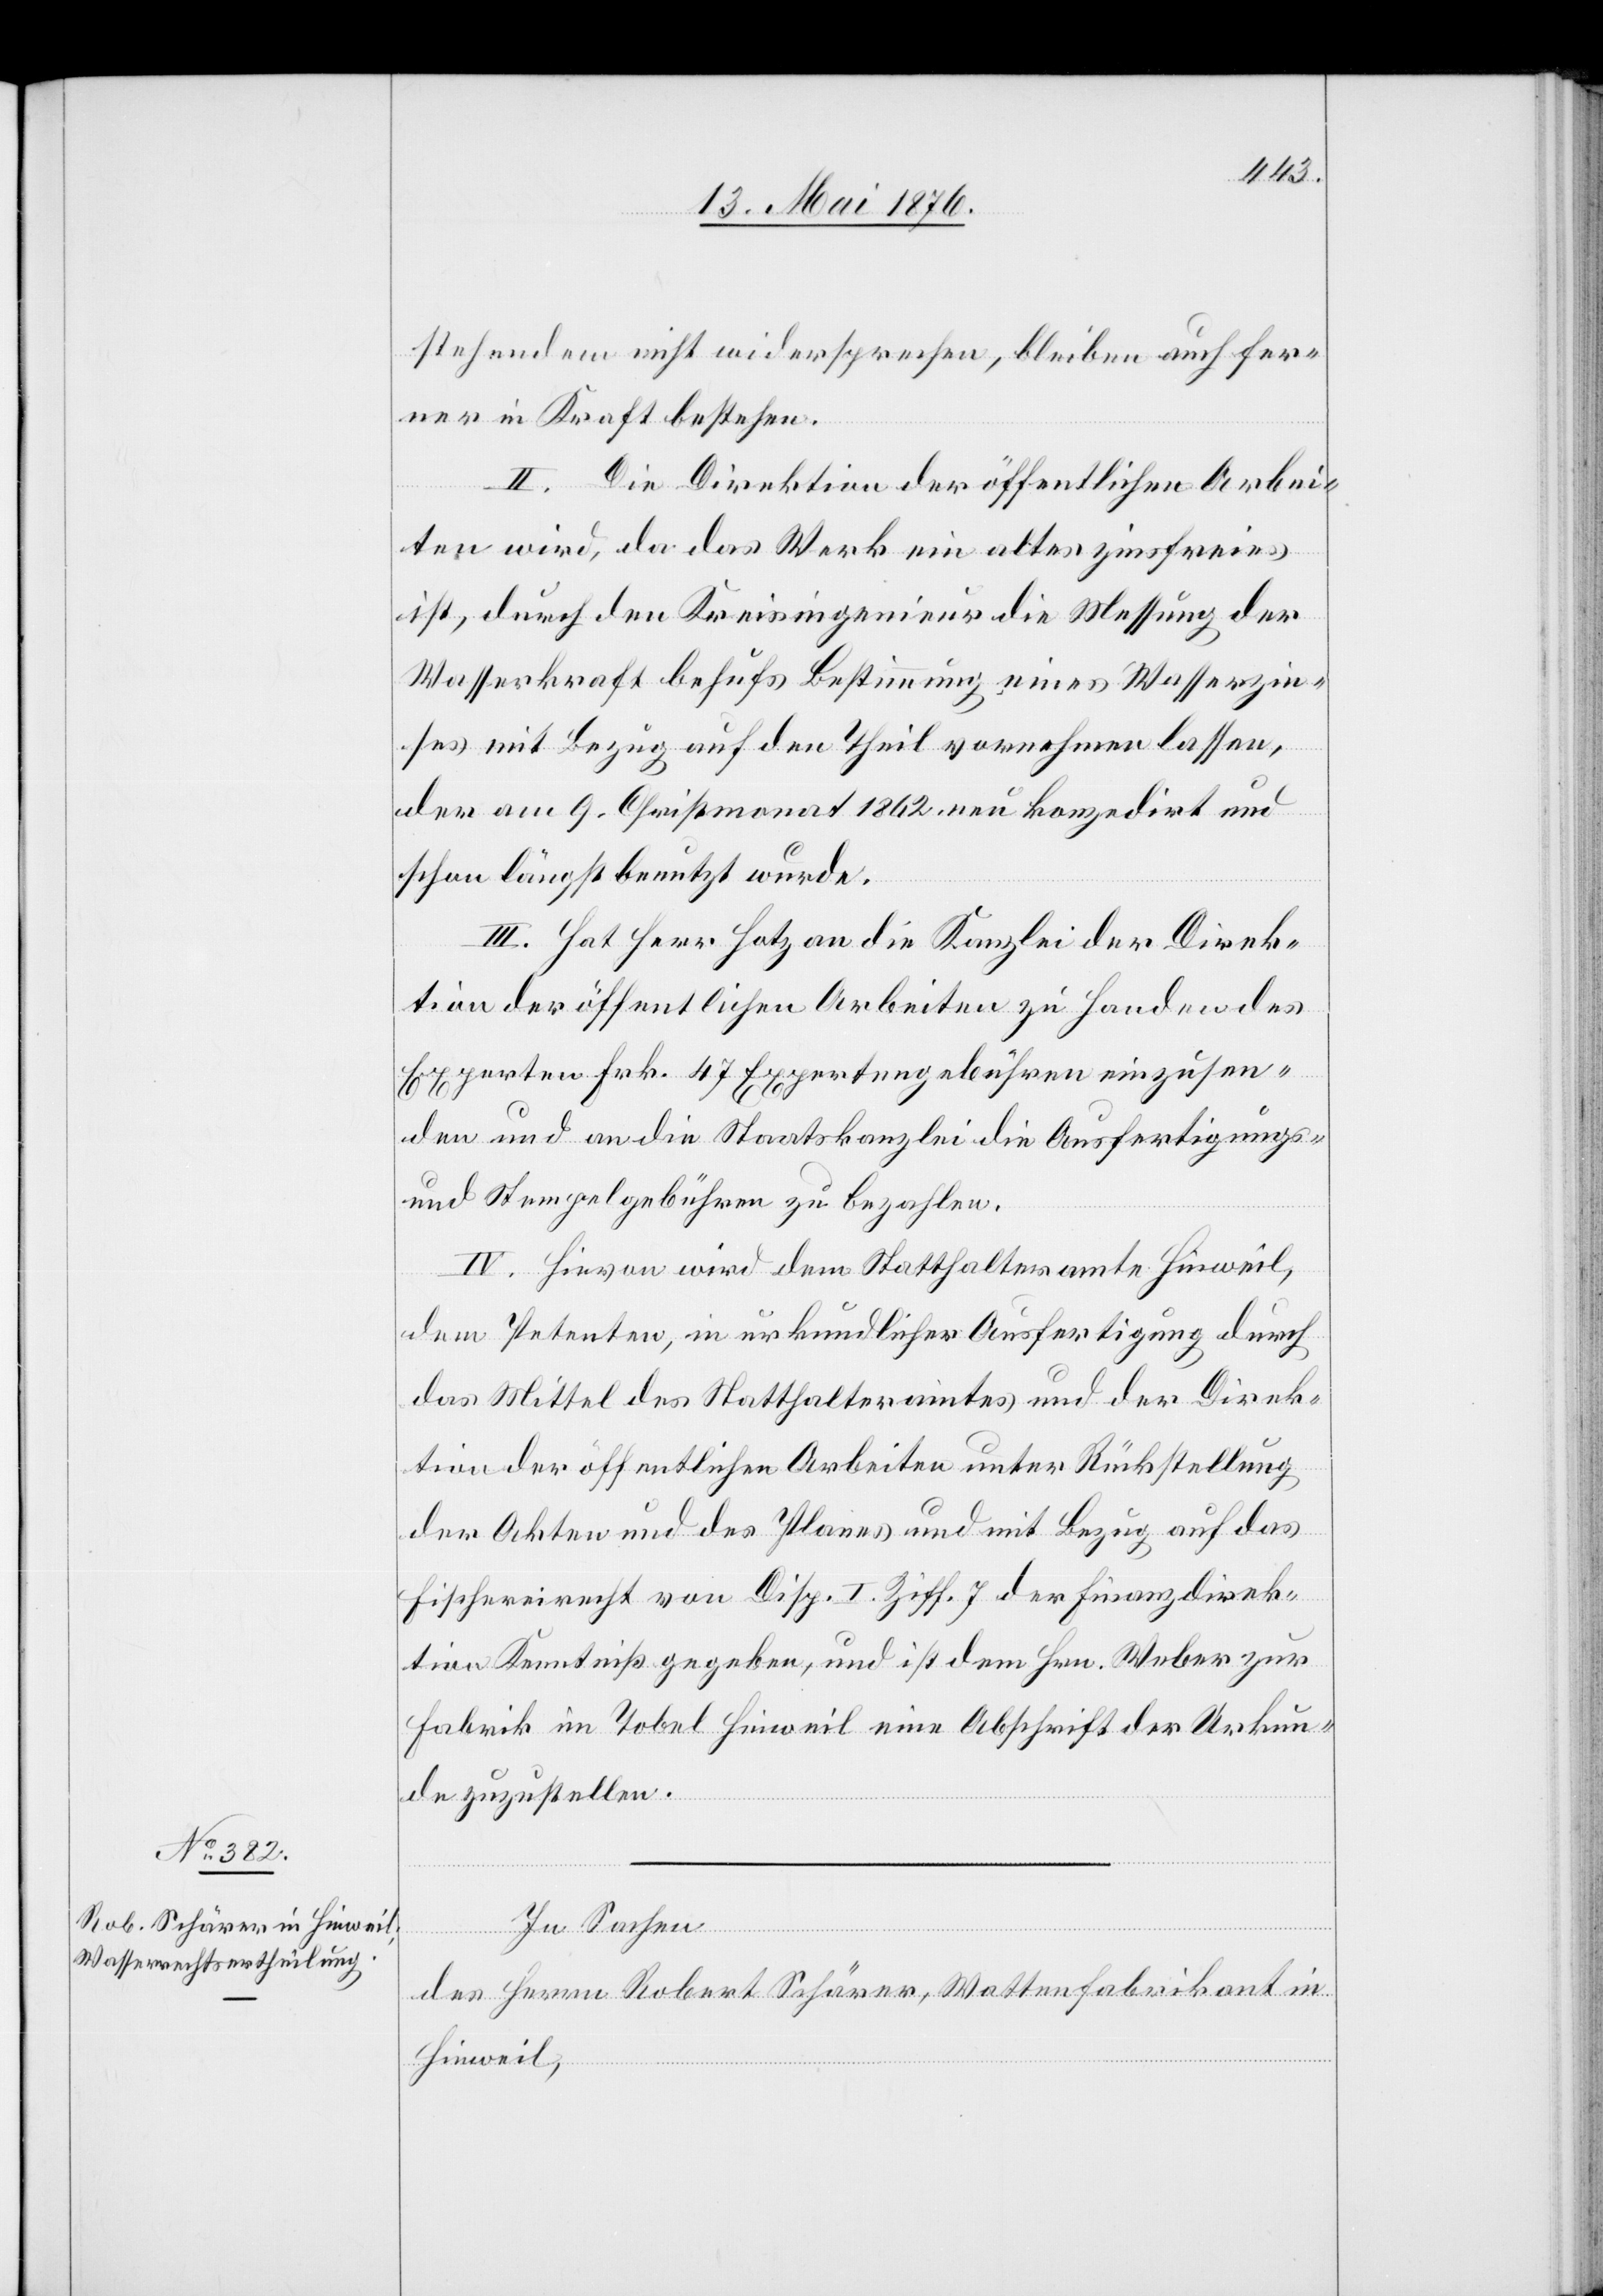
stehendem nicht widersprechen, bleiben auf fer¬
ner in Kraft bestehen.
II. Die Direktion der öffentlichen Arbei¬
ten wird, da das Werk ein altes zinsfreies
ist, durch den Kreisingenieur die Messung der
Wasserkraft behufs Bestimmung eines Wasserzin¬
ses mit Bezug auf den Theil vornehmen lassen,
der am 9. Christmonat 1862 neu konzedirt und
schon längst benutzt wurde.
III. Hat Herr Hotz an die Kanzlei der Direk¬
tion der öffentlichen Arbeiten zu Handen des
Experten Frk. 47 Expertengebühren einzusen¬
den und an die Staatskanzlei die Ausfertigungs-
und Stempelgebühren zu bezahlen.
IV. Hievon wird dem Statthalteramte Hinweil,
dem Petenten, in urkundlicher Ausfertigung durch
das Mittel des Statthalteramtes und der Direk¬
tion der öffentlichen Arbeiten unter Rückstellung
der Akten und des Planes und mit Bezug auf das
Fischereirecht von Disp. I. ZIff. 7 der Finanzdirek¬
tion Kenntniß gegeben, und ist dem Hrn. Weber zur
Fabrik im Tobel Hinweil eine Abschrift der Urkun¬
de zuzustellen.